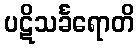
ပဋိသင်္ခရောတိ